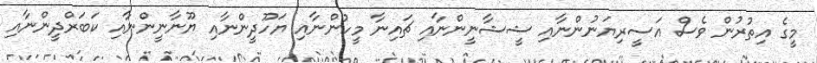
މީގެ އިތުރުން ވެސް އަސީރިޔަނުންނާއި ޝީޝާނީންނާއި ޗައިނާ މީހުންނާއި ޔަހޫދީންނާއި ޔޫނާނީންނާއި ކަބަރްދީންނާއި